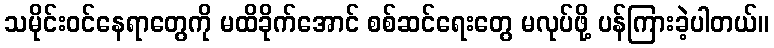
သမိုင်းဝင်နေရာတွေကို မထိခိုက်အောင် စစ်ဆင်ရေးတွေ မလုပ်ဖို့ ပန်ကြားခဲ့ပါတယ်။